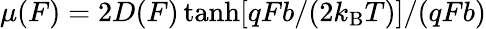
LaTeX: \mu(F)=2D(F)\operatorname{tanh}[qFb/(2k_{\mathrm{B}}T)]/(qFb)